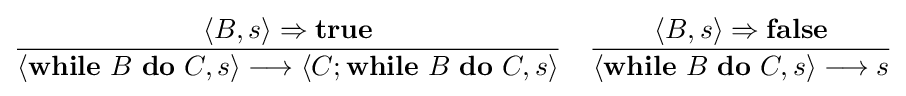
{\frac {\langle B,s\rangle \Rightarrow \mathbf {true} }{\langle \mathbf {while} \ B\ \mathbf {do} \ C,s\rangle \longrightarrow \langle C;\mathbf {while} \ B\ \mathbf {do} \ C,s\rangle }}\quad {\frac {\langle B,s\rangle \Rightarrow \mathbf {false} }{\langle \mathbf {while} \ B\ \mathbf {do} \ C,s\rangle \longrightarrow s}}